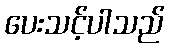
ပေးသင့်ပါသည်